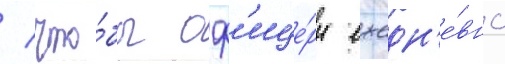
/ что́бы оф'ице́ры ежедн'е́вно